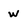
Character: w